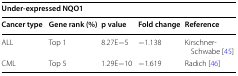
<table><thead><tr><td colspan="5"><b>Under-expressed NQO1</b></td></tr><tr><td><b>Cancer type</b></td><td><b>Gene rank (%)</b></td><td><b>p value</b></td><td><b>Fold change</b></td><td><b>Reference</b></td></tr></thead><tbody><tr><td>ALL</td><td>Top 1</td><td>8.27E−5</td><td>−1.138</td><td>Kirschner-Schwabe [45]</td></tr><tr><td>CML</td><td>Top 5</td><td>1.29E−10</td><td>−1.619</td><td>Radich [46]</td></tr></tbody></table>